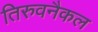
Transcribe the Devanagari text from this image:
तिरुवनैकल